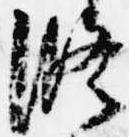
修